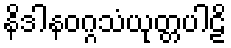
နိဒါနဝဂ္ဂသံယုတ္တပါဠိ